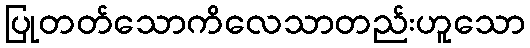
ပြုတတ်သောကိလေသာတည်းဟူသော